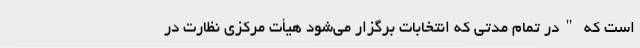
است که "در تمام مدتی که انتخابات برگزار می‌شود هیأت مرکزی نظارت در